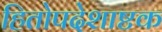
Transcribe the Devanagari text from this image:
हितोपदेशाष्टक